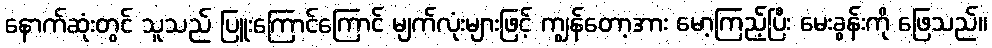
နောက်ဆုံးတွင် သူသည် ပြူးကြောင်ကြောင် မျက်လုံးများဖြင့် ကျွန်တော့အား မော့ကြည့်ပြီး မေးခွန်းကို ဖြေသည်။